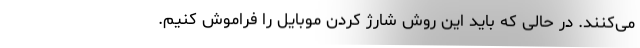
می‌کنند. در حالی که باید این روش شارژ کردن موبایل را فراموش کنیم.